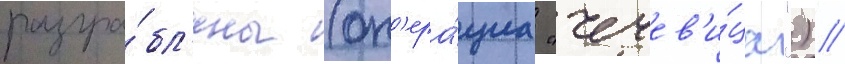
разгра́бл'ены (оп'ера́циа "чечев'и́ца") //